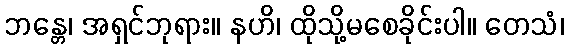
ဘန္တေ၊ အရှင်ဘုရား။ နဟိ၊ ထိုသို့မစေခိုင်းပါ။ တေသံ၊